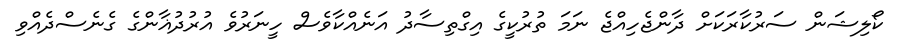
ކޯލިޝަން ސަރުކާރަކަށް ދާންޖެހިއްޖެ ނަމަ ތުރުކީގެ އިގްތިސާދު އަނެއްކާވެސް ހީނަރުވެ އުރުދުޣާންގެ ގެނެސްދެއްވި